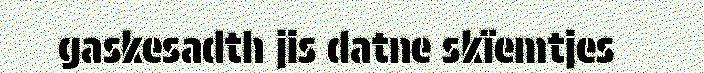
gaskesadth jis datne skïemtjes